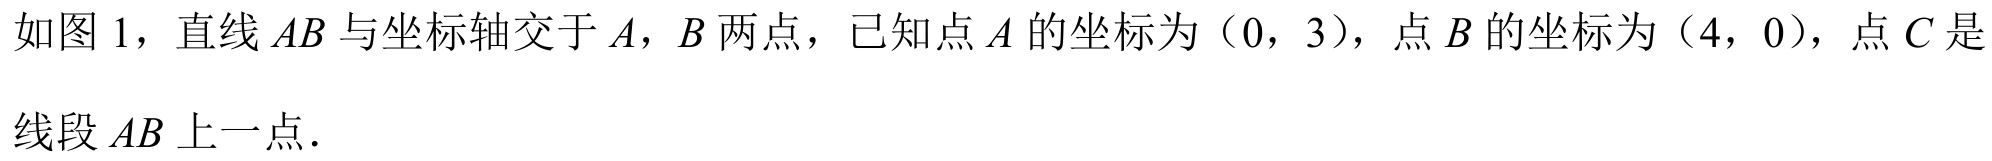
如图 1，直线 \(AB\) 与坐标轴交于 \(A\)，\(B\) 两点，已知点 \(A\) 的坐标为（\(0\)，\(3\)），点 \(B\) 的坐标为（\(4\)，\(0\)），点 \(C\) 是线段 \(AB\) 上一点．